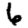
Digit: 6